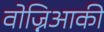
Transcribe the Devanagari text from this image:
वोज्निआकी